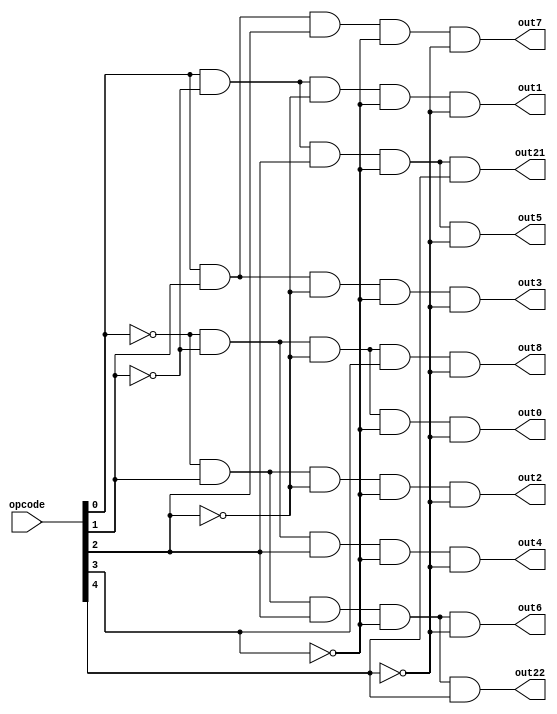
module instruction_decoder(opcode, out0, out1, out2, out3, out4, 
                            out5, out6, out7, out8, out21, out22);
input [4:0] opcode;
output out0, out1, out2, out3, out4, out5, out6, out7, out8, out21, out22;

wire w0, w1, w2, w3, w4;

not not_0(w0, opcode[0]);
not not_1(w1, opcode[1]);
not not_2(w2, opcode[2]);
not not_3(w3, opcode[3]);
not not_4(w4, opcode[4]);

and and_0(out0, w0, w1, w2, w3, w4);
and and_1(out1, opcode[0], w1, w2, w3, w4);
and and_2(out2, w0, opcode[1], w2, w3, w4);
and and_3(out3, opcode[0], opcode[1], w2, w3, w4);
and and_4(out4, w0, w1, opcode[2], w3, w4);
and and_5(out5, opcode[0], w1, opcode[2], w3, w4);
and and_6(out6, w0, opcode[1], opcode[2], w3, w4);
and and_7(out7, opcode[0], opcode[1], opcode[2], w3, w4);
and and_8(out8, w0, w1, w2, opcode[3], w4);

//the options in btw should be added if new instructions are added

and and_21(out21, opcode[0], w1, opcode[2], w3, opcode[4]);
and and_22(out22, w0, opcode[1], opcode[2], w3, opcode[4]);


endmodule